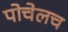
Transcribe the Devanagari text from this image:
पोचेलच